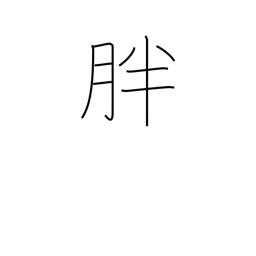
Meaning: plentiful